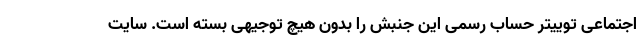
اجتماعی توییتر حساب رسمی این جنبش را بدون هیچ توجیهی بسته است. سایت